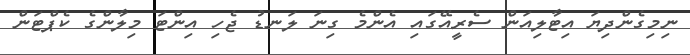
ނިމިގެންދިޔަ އިޓާލިއަން ސެރީއޭގައި އެންމެ ގިނަ ލަނޑު ޖެހި އިންޓަ މިލާންގެ ކެޕްޓަން